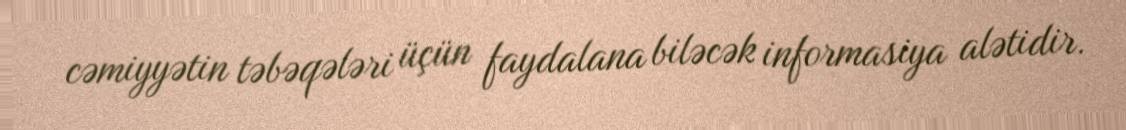
cəmiyyətin təbəqələri üçün faydalana biləcək informasiya alətidir.